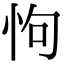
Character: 怐